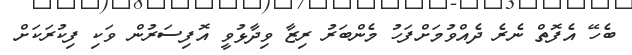
ބެހޭ އެފޮތް ނެރެ ދެއްވުމަށްފަހު މެންބަރު ރިޒާ ވިދާޅުވީ އޮފިސަރުން ވަކި ފިކުރަކަށް